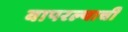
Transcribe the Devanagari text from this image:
वापरल्याची